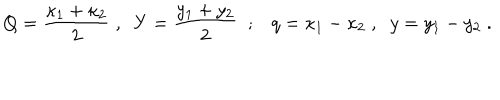
LaTeX: Q = { \frac { \kappa _ { 1 } + \kappa _ { 2 } } { 2 } } \; , \; \; Y = { \frac { y _ { 1 } + y _ { 2 } } { 2 } } \; \; ; q = \kappa _ { 1 } - \kappa _ { 2 } \; , \; \; y = y _ { 1 } - y _ { 2 } \; .